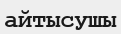
айтысушы